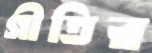
গীতির